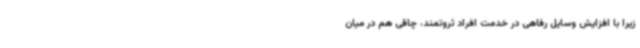
زیرا با افزایش وسایل رفاهی در خدمت افراد ثروتمند، چاقی هم در میان